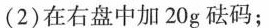
(2)在右盘中加20g砝码；